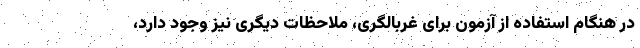
در هنگام استفاده از آزمون برای غربالگری، ملاحظات دیگری نیز وجود دارد،